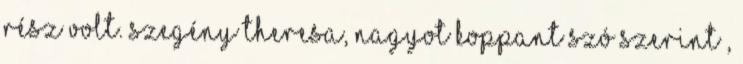
rész volt. Szegény Theresa, nagyot koppant szó szerint ,